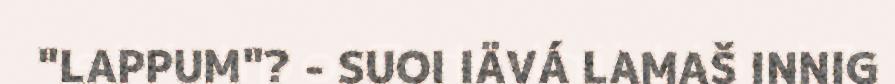
"LAPPUM"? - SUOI IÄVÁ LAMAŠ INNIG